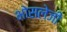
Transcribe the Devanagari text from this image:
भोसलेजी